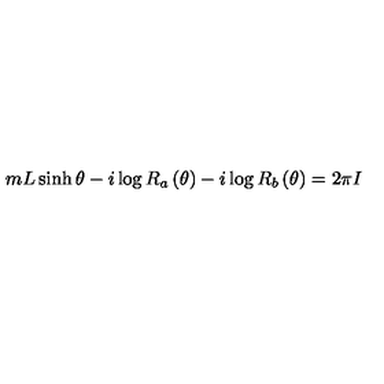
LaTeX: m L \sinh \theta - i \log R _ { a } \left( \theta \right) - i \log R _ { b } \left( \theta \right) = 2 \pi I